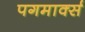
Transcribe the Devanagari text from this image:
पगमार्क्स